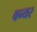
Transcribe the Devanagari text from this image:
वन्यर